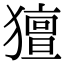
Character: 𤢏